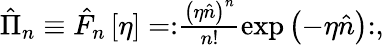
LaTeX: \begin{array}{r}{\hat{\Pi}_{n}\equiv\hat{F}_{n}\left[\eta\right]=:\mathrel{\frac{\left(\eta\hat{n}\right)^{n}}{n!}\exp\left(-\eta\hat{n}\right)}:,}\end{array}